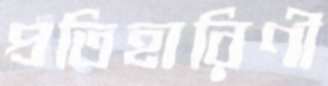
প্রতিহারিণী